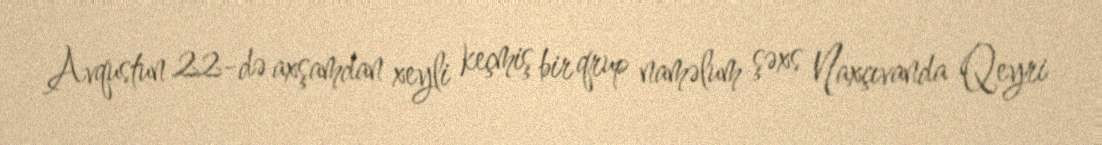
Avqustun 22-də axşamdan xeyli keçmiş bir qrup naməlum şəxs Naxçıvanda Qeyri